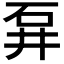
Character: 𱳭